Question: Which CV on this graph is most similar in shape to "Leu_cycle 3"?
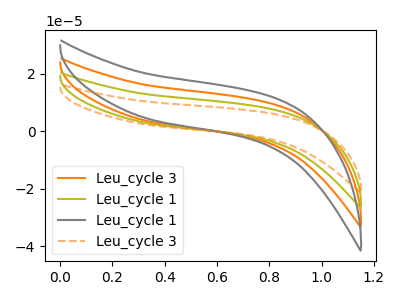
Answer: <think>The orange curve "Leu_cycle 3" has no peaks. The olive curve "Leu_cycle 1" has no peaks. The gray curve "Leu_cycle 1" has no peaks. The orange dashed curve "Leu_cycle 3" has no peaks.
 Neither "Leu_cycle 3" or "Leu_cycle 1" have any peaks. Neither "Leu_cycle 3" or "Leu_cycle 1" have any peaks. Neither "Leu_cycle 3" or "Leu_cycle 3" have any peaks. Neither "Leu_cycle 1" or "Leu_cycle 1" have any peaks. Neither "Leu_cycle 1" or "Leu_cycle 3" have any peaks. Neither "Leu_cycle 1" or "Leu_cycle 3" have any peaks.</think>
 <answer>"Leu_cycle 3", "Leu_cycle 1" and "Leu_cycle 1" have a similar shape to "Leu_cycle 3".</answer>
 <eval>"Leu_cycle 3" "Leu_cycle 1" "Leu_cycle 1"</eval>